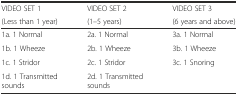
<table><thead><tr><td><b>VIDEO SET 1</b></td><td><b>VIDEO SET 2</b></td><td><b>VIDEO SET 3</b></td></tr><tr><td><b>(Less than 1 year)</b></td><td><b>(1–5 years)</b></td><td><b>(6 years and above)</b></td></tr></thead><tbody><tr><td>1a. 1 Normal</td><td>2a. 1 Normal</td><td>3a. 1 Normal</td></tr><tr><td>1b. 1 Wheeze</td><td>2b. 1 Wheeze</td><td>3b. 1 Wheeze</td></tr><tr><td>1c. 1 Stridor</td><td>2c. 1 Stridor</td><td rowspan="2">3c. 1 Snoring</td></tr><tr><td>1d. 1 Transmitted sounds</td><td>2d. 1 Transmitted sounds</td></tr></tbody></table>